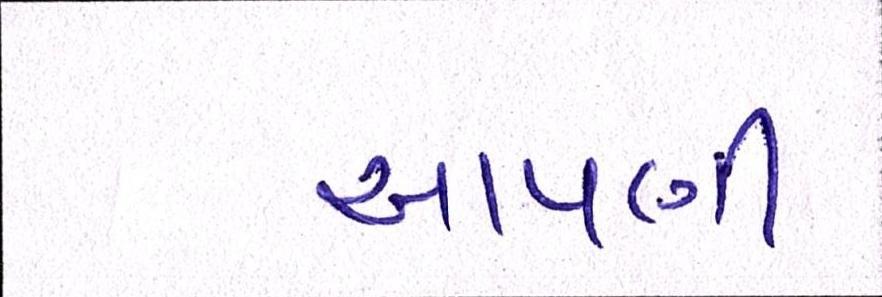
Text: આપણી